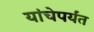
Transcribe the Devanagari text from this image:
यांचेपर्यंत